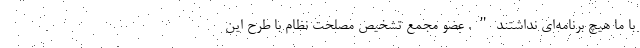
با ما هیچ برنامه‌ای نداشتند". عضو مجمع تشخیص مصلحت نظام با طرح این